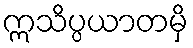
ဣသိပ္ပယာတမှိ